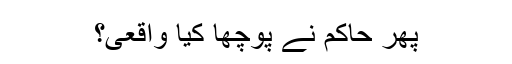
پھر حاکم نے پوچھا کیا واقعی؟